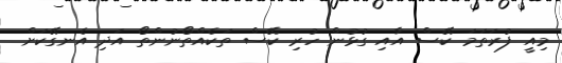
މިއީ ފުރަތަމަ ކޭސް އާއި ގުޅުން ހުރި ކޭސް ތަކެއްތޯނުންތޯ އަދި އެނގޭކަށް